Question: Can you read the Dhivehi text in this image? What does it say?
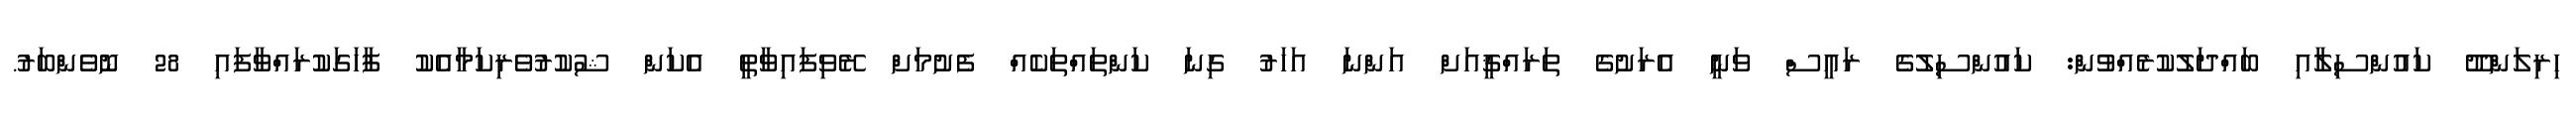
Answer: ހިރިލަންދޫ ކައުންސިލާއި ބައްދަލުކުރެއްވުން: ކައުންސިލުގެ ރައީސް ވަނީ އެރަށުގެ ތަރައްޤީއަށް އަންނަ އަހަރު ގިނަ ކަންތައްތަކެއް ފެށުމަށް ރޭވިފައިވާތީ އެކަން ޝުކުރުވެރިކަމާއެކު ފާހަގަކުރައްވާފައި 28 ނޮވެންބަރު.